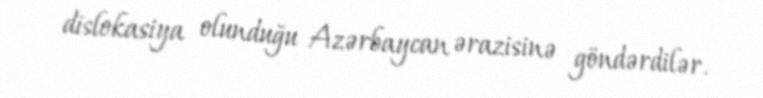
dislokasiya olunduğu Azərbaycan ərazisinə göndərdilər.